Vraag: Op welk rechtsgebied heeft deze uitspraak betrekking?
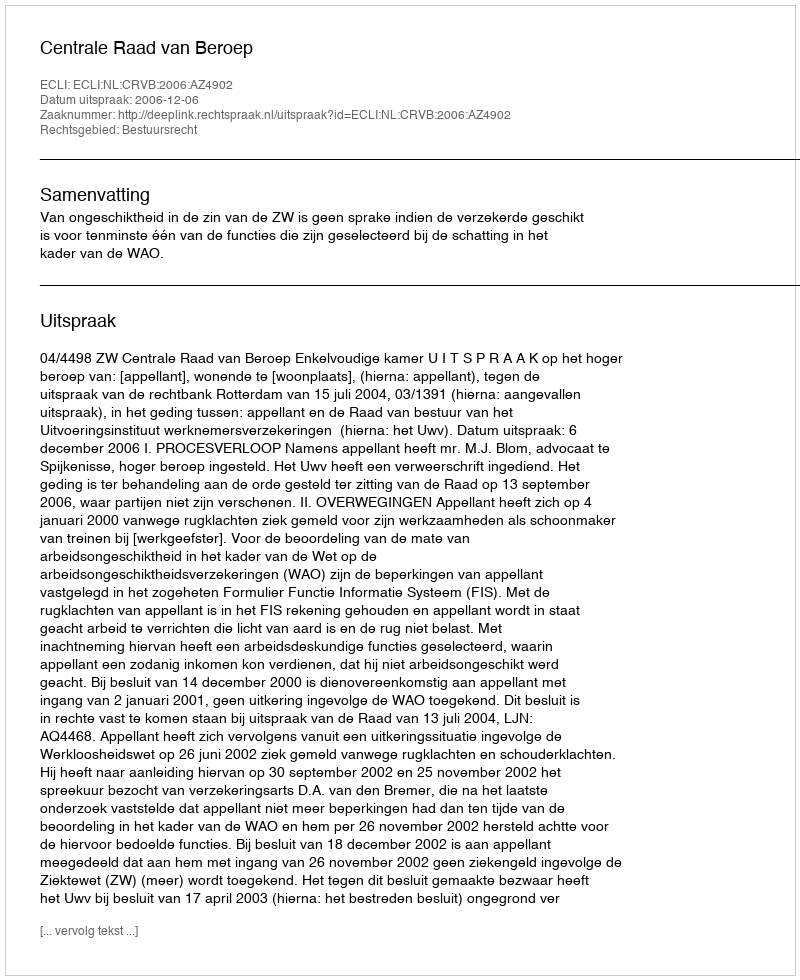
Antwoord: Bestuursrecht